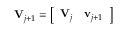
\mathbf { V } _ { j + 1 } = \left[ \begin{array} { l l } { \mathbf { V } _ { j } } & { \mathbf { v } _ { j + 1 } } \end{array} \right]